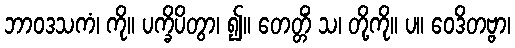
ဘာဝဒသကံ၊ ကို။ ပက္ခိပိတွာ၊ ၍။ တေတ္တိံ သ၊ တို့ကို။ ပ။ ဝေဒိတဗ္ဗာ၊